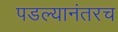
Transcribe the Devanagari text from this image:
पडल्यानंतरच